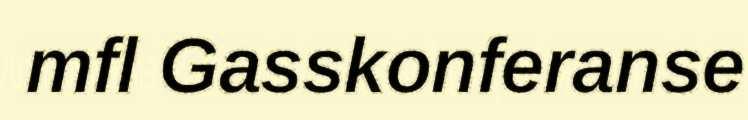
mfl Gasskonferanse